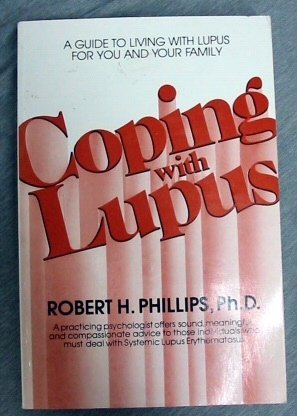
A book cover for Coping with Lupus: A Guide to Living With Lupus for You and Your Family; Robert H. Phillips; Health, Fitness & Dieting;